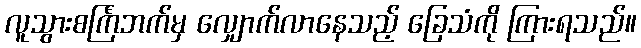
လူသွားစင်္ကြံဘက်မှ လျှောက်လာနေသည့် ခြေသံကို ကြားရသည်။